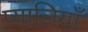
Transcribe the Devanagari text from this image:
प्यालियाँ